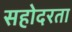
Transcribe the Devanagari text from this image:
सहोदरता